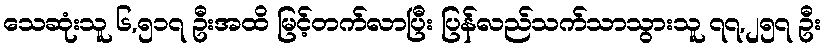
သေဆုံးသူ ၆,၅၁၇ ဦးအထိ မြင့်တက်လာပြီး ပြန်လည်သက်သာသွားသူ ၇၇,၂၅၇ ဦး